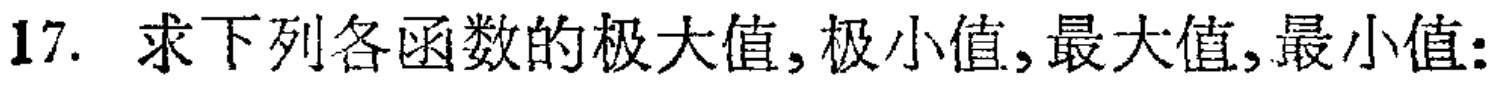
17. 求下列各函数的极大值, 极小值, 最大值, 最小值: